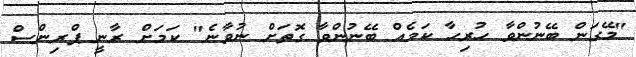
"މޭގަން ބޭނުންވާ ހުރިހާ ކަމެއް ބޭނުންވާ ގޮތަށް ނުވާނެ" ކަމަށް ރާނީ ޕްރިންސް